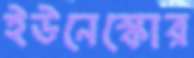
ইউনেস্কোর